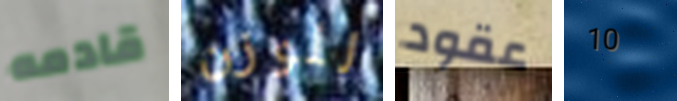
قادمه للوزن عقود 10